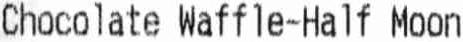
CHOCOLATE WAFFLE-HALF MOON